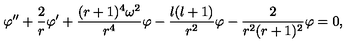
\varphi ^ { \prime \prime } + { \frac { 2 } { r } } \varphi ^ { \prime } + { \frac { ( r + 1 ) ^ { 4 } \omega ^ { 2 } } { r ^ { 4 } } } \varphi - { \frac { l ( l + 1 ) } { r ^ { 2 } } } \varphi - { \frac { 2 } { r ^ { 2 } ( r + 1 ) ^ { 2 } } } \varphi = 0 ,